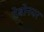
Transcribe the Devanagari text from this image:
देबोनयर